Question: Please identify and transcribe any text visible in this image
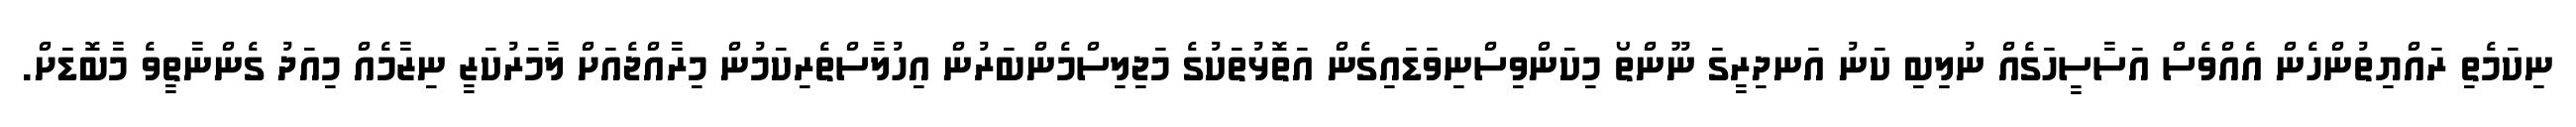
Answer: ނިކަމެތި ރައްޔިތުންހެން އެއްވެސް އަސާސީހަގެއް ނުލިބި ކަނު އަނދިރީގަ ނޫންތޯ މިކަންވިސްނިވަޑައިގެން އަތޮޅުތަކުގެ މަޖިލިސްމެންބަރުން އިހުލާސްތެރިކަމުން މިރާއްޖެއަށް ލާމަރުކަޒީ ނިޒާމެއް މިއަދު ގެންނާތީވެ މާބޮޑަށް.